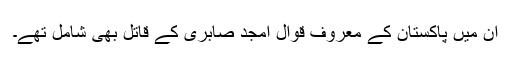
ان میں پاکستان کے معروف قوال امجد صابری کے قاتل بھی شامل تھے۔